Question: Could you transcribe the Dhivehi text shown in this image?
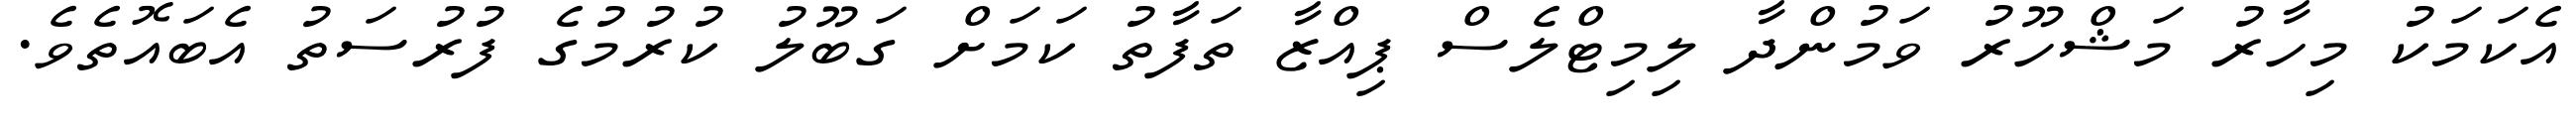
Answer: އެކަމަކު މިހާރު މަޝްހޫރު ވަމުންދާ ލިމިޓްލެސް ޕިއްޒާ ތަފާތު ކަމަށް ގަބޫލު ކުރުމުގެ ފުރުސަތު އެބައޮތެވެ.